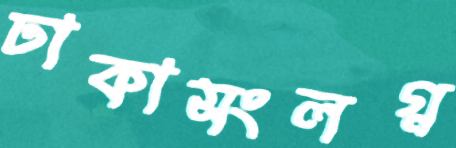
ঢাকাসংলগ্ন